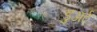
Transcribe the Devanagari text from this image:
डुअर्ट